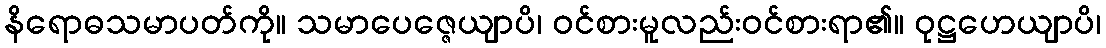
နိရောဓသမာပတ်ကို။ သမာပေဇ္ဇေယျာပိ၊ ဝင်စားမူလည်းဝင်စားရာ၏။ ဝုဋ္ဌဟေယျာပိ၊